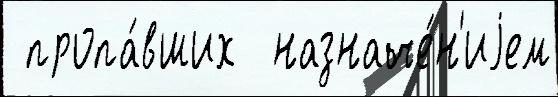
 пропа́вших  назначе́н'иjем